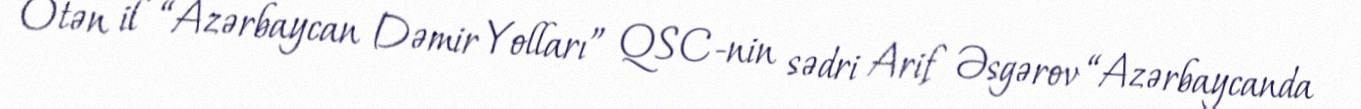
Ötən il “Azərbaycan Dəmir Yolları” QSC-nin sədri Arif Əsgərov “Azərbaycanda